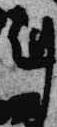
剋